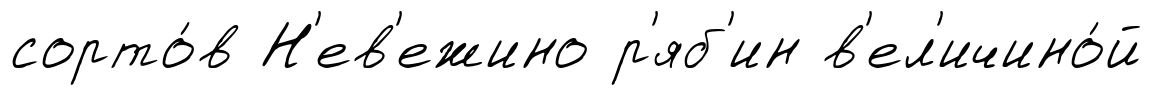
сорто́в Н'ев'ежино р'яб'ин в'ел'ичино́й